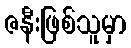
ဇနီးဖြစ်သူမှာ